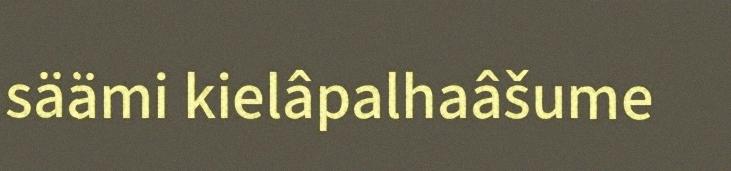
säämi kielâpalhaâšume